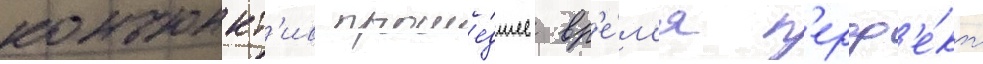
конъюнкт'ив проше́дшее вр'е́м'я п'ерф'е́кт